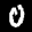
Label: 0